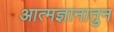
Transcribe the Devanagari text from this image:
आत्मज्ञानातुन